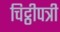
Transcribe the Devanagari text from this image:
चिट्ठीपत्री